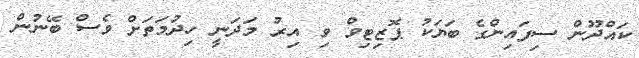
ކައްދޫން ސިފައިންގެ ބަޔަކު ޕޮޒިޓިވް ވި އިރު މަދަނީ ހިދުމަތަށް ވެސް ބޭނުން